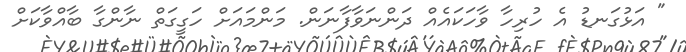
" އަޅުގަނޑު އެ ހުރިހާ ވާހަކައެއް ދަންނަވާފާނަން. މަންމައަށް ހަގީގަތް ނާންގާ ބާއްވާކަށް